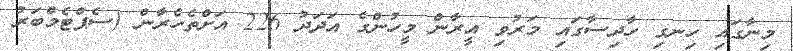
މިނާގައި ހިނގި ހާދިސާގައި މަރުވި އީރާން މީހުންގެ އަދަދު 226 އަށްތެހެރާން (ސެޕްޓެމްބަރު